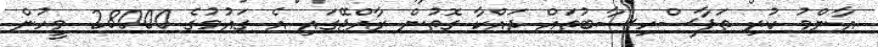
އާންމު ކުރި ތަފާސްހިސާބުތައް ދައްކާ ގޮތުން ރާއްޖޭގައި އެ ގައުމުގެ 28000 މީހުން